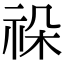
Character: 𥙨